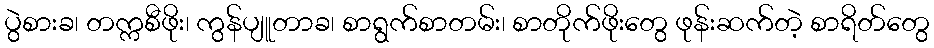
ပွဲစားခ၊ တက္ကစီဖိုး၊ ကွန်ပျူတာခ၊ စာရွက်စာတမ်း၊ စာတိုက်ဖိုးတွေ ဖုန်းဆက်တဲ့ စာရိတ်တွေ